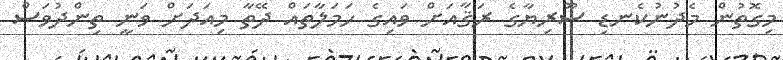
މިގޮތުން މެދުނުކެނޑި ސޫރިޔާގެ ރަޤާއަށް ވައިގެ ހަމަލާތައް ދޭތާ މިއަދަށް ވަނީ ތިންދުވަސް